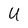
Character: U